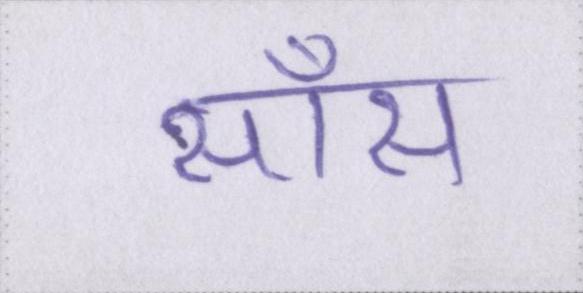
साँस